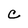
Character: C